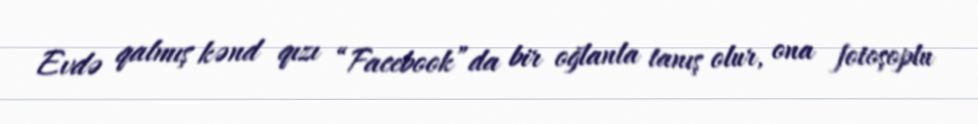
Evdə qalmış kənd qızı “Facebook”da bir oğlanla tanış olur, ona fotoşoplu